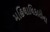
મહિલાધિકારોના